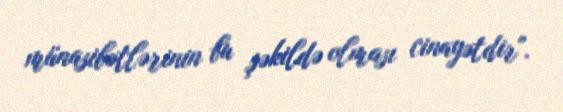
münasibətlərinin bu şəkildə olması cinayətdir".